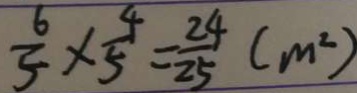
\frac { 6 } { 5 } \times \frac { 4 } { 5 } = \frac { 2 4 } { 2 5 } ( m ^ { 2 } )